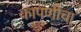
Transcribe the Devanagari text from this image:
कापणीचा